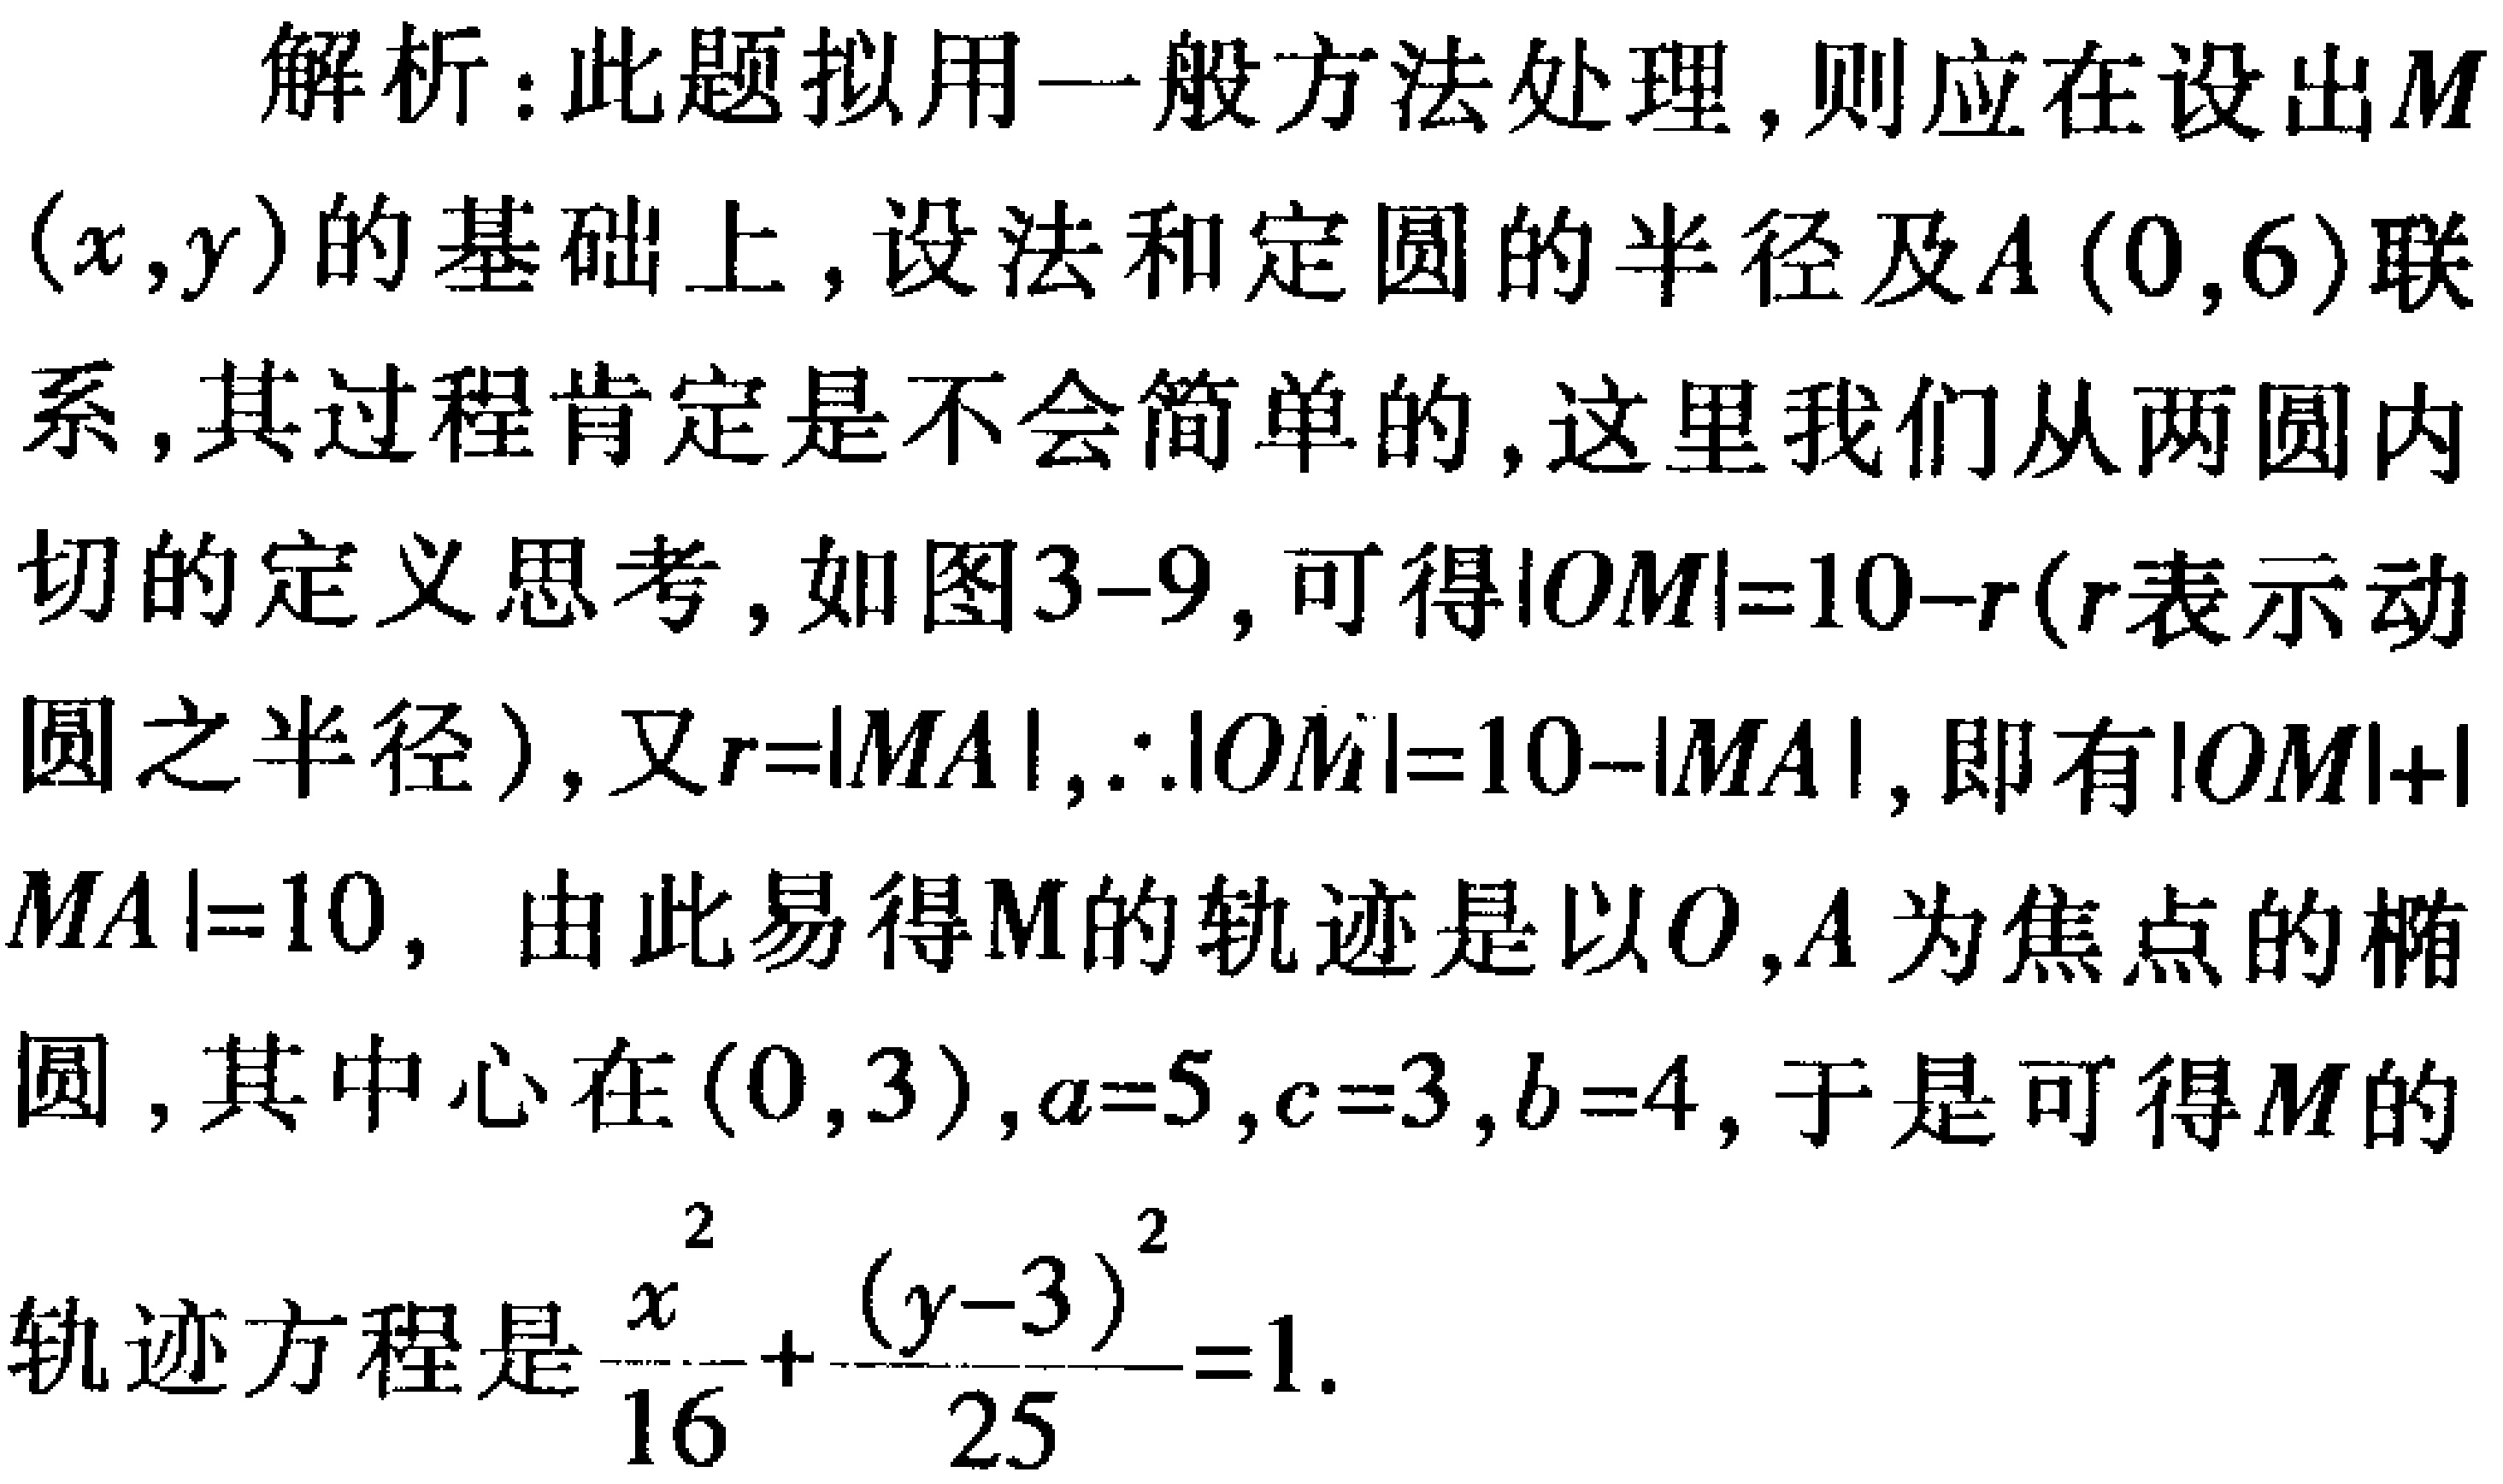
解析：此题拟用一般方法处理，则应在设出\(M(x,y)\)的基础上，设法和定圆的半径及\(A(0,6)\)联系，其过程肯定是不会简单的，这里我们从两圆内切的定义思考，如图3-9，可得\(\vert OM\vert = 10 - r\)（\(r\)表示动圆之半径），又\(r = \vert MA\vert\)，\(\therefore\vert OM\vert = 10 - \vert MA\vert\)，即有\(\vert OM\vert+\vert MA\vert = 10\)，由此易得\(M\)的轨迹是以\(O,A\)为焦点的椭圆，其中心在\((0,3)\)，\(a = 5\)，\(c = 3\)，\(b = 4\)，于是可得\(M\)的轨迹方程是\(\frac{x^{2}}{16}+\frac{(y - 3)^{2}}{25}=1\)。